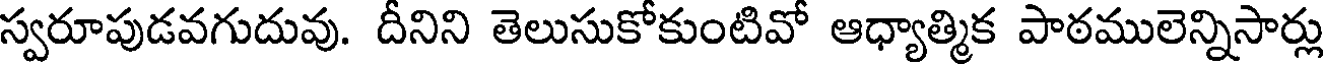
స్వరూపుడవగుదువు. దీనిని తెలుసుకోకుంటివో ఆధ్యాత్మిక పాఠములెన్నిసార్లు